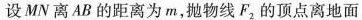
设MN离AB的距离为m，抛物线F_{2}的顶点离地面